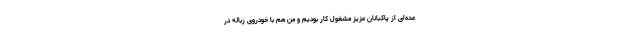
عده‌ای از پاکبانان عزیز مشغول کار بودیم و من هم با خودروی زباله در